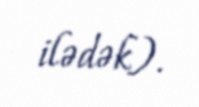
ilədək).